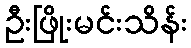
ဦးဖြိုးမင်းသိန်း